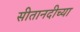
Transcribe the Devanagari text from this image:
सीतानदीच्या